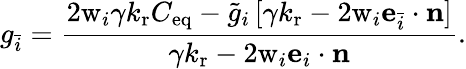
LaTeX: g_{\bar{i}}=\frac{2\mathrm{w}_{i}\gamma{k_{\mathrm{r}}C_{\mathrm{eq}}-\tilde{g}_{i}\left[{\gamma k_{\mathrm{r}}-2\mathrm{w}_{i}\mathbf{e}_{\bar{i}}\cdot\mathbf{n}}\right]}}{{\gamma k_{\mathrm{r}}-2\mathrm{w}_{i}\mathbf{e}_{i}\cdot\mathbf{n}}}.